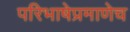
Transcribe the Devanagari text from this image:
परिभाषेप्रमाणेच